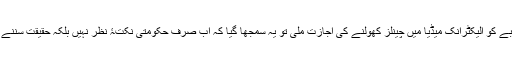
جب نجی شعبے کو الیکٹرانک میڈیا میں چینلز کھولنے کی اجازت ملی تو یہ سمجھا گیا کہ اب صرف حکومتی نکتۂ نظر نہیں بلکہ حقیقت سننے کو ملے گی۔